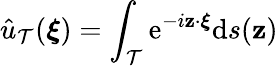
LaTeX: \hat{u}_{\mathcal{T}}(\boldsymbol{\xi})=\int_{\mathcal{T}}\mathrm{e}^{-i\mathbf{z}\cdot\boldsymbol{\xi}}\mathrm{d}s(\mathbf{z})